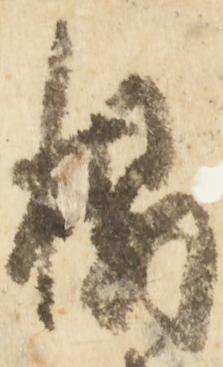
榻